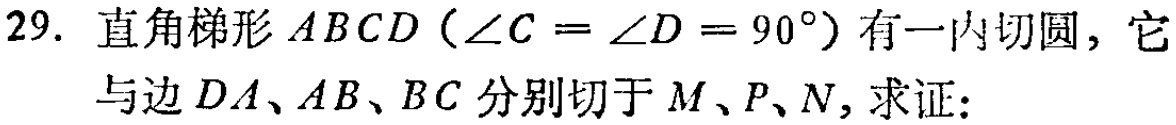
29. 直角梯形\(ABCD（\angle C = \angle D = 90^{\circ}）\)有一内切圆，它与边\(DA、AB、BC\)分别切于\(M、P、N\)，求证：